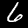
Label: 6